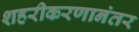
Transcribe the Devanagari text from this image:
शहरीकरणानंतर